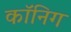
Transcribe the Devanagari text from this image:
कॉनिग